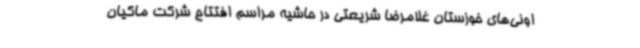
اونی‌های خوزستان غلامرضا شریعتی در حاشیه مراسم افتتاح شرکت ماکیان